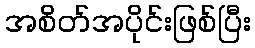
အစိတ်အပိုင်းဖြစ်ပြီး